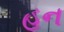
હન